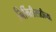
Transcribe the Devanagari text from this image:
निर्मितीसाठीच्या